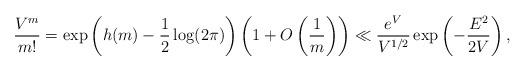
LaTeX: \begin{align*}\frac{V^m}{m!} = \exp\left(h(m)-\frac12 \log(2\pi)\right) \left(1+O\left(\frac1m\right)\right) \ll \frac{e^V}{V^{1/2}} \exp\left(-\frac{E^2}{2V}\right),\end{align*}